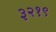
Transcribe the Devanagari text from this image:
३२१९